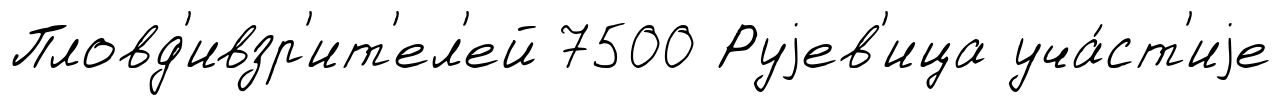
Пловд'ивзр'ит'ел'ей 7500 Руjев'ица уча́ст'иjе